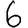
Digit: 6